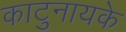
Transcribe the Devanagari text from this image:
काटुनायके